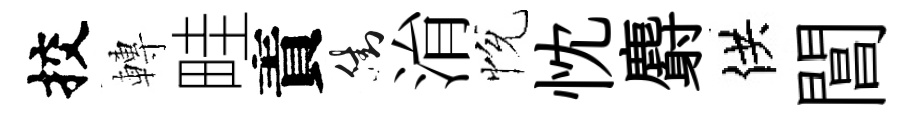
挍轉畦責街㳙恱忱麝供閶